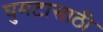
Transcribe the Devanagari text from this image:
घुमटासाठी